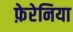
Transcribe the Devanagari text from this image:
फ़ेरेनिया